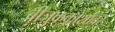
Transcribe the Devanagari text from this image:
बीजुककोशांवर